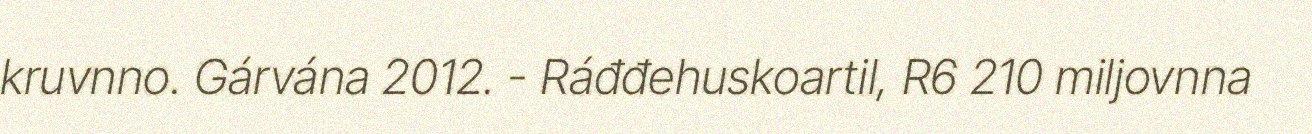
kruvnno. Gárvána 2012. - Ráđđehuskoartil, R6 210 miljovnna